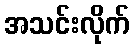
အသင်းလိုက်